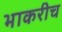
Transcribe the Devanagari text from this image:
भाकरीच